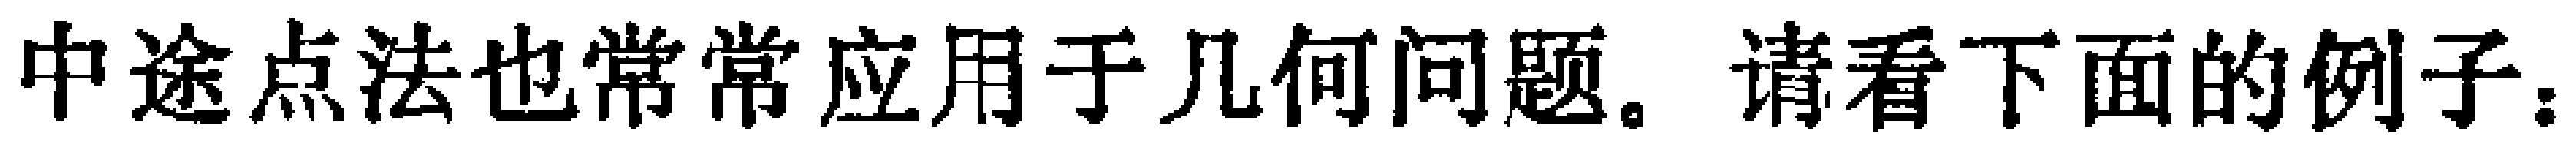
中途点法也常常应用于几何问题。请看下面的例子：